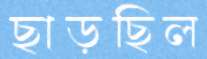
ছাড়ছিল